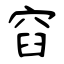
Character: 窞